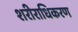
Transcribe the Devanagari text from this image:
शरीराधिकरण